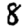
Digit: 8